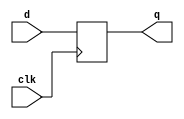
/*********************************
    D-FLIPFLOP BEHAVIORAL 
    (Positive edge triggred)
**********************************/

module dffb(q,d,clk);

input d,clk;
output reg q;

always@(posedge clk)
    if(clk)     // optional 
        q<=d;   // non-blocking

endmodule